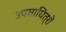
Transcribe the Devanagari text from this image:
उपसाधित्रों